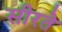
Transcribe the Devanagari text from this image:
सीरते